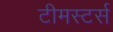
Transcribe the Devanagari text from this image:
टीमस्टर्स